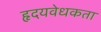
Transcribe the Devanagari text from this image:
हृदयवेधकता